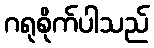
ဂရုစိုက်ပါသည်